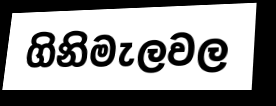
ගිනිමැලවල